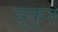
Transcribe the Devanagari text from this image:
सूकुन